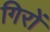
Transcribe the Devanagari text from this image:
गिरों